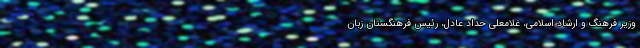
وزیر فرهنگ و ارشاد اسلامی، غلامعلی حداد عادل، رئیس فرهنگستان زبان